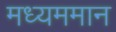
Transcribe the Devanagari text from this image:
मध्यममान